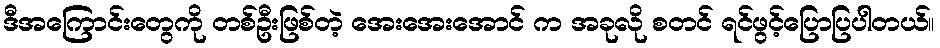
ဒီအကြောင်းတွေကို တစ်ဦးဖြစ်တဲ့ အေးအေးအောင် က အခုလို စတင် ရင်ဖွင့်ပြောပြပါတယ်။